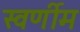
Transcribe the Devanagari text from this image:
स्वर्णीम